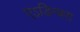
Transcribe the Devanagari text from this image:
एऽडिन्बरा